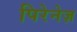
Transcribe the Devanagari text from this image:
पिरेनेज़